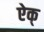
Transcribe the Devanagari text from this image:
ऐक्